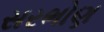
સરભોણ